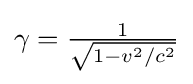
{\textstyle \gamma ={\frac {1}{\sqrt {1-{v^{2}}/{c^{2}}}}}}